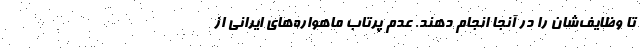
تا وظایف‌شان را در آنجا انجام دهند. عدم پرتاب ماهواره‌های ایرانی از